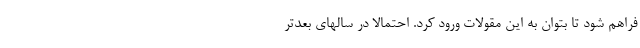
فراهم شود تا بتوان به این مقولات ورود کرد. احتمالاً در سالهای بعدتر